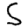
Digit: 5